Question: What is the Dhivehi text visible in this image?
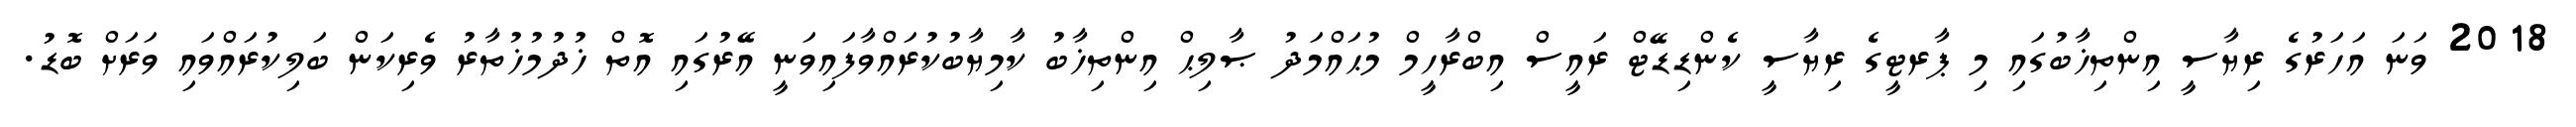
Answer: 2018 ވަނަ އަހަރުގެ ރިޔާސީ އިންތިޚާބުގައި މި ޕާރޓީގެ ރިޔާސީ ކެންޑިޑޭޓް ރައީސް އިބްރާހީމް މުޙައްމަދު ޞާލިޙް އިންތިޚާބު ކާމިޔާބުކުރައްވާފައިވަނީ އޭރުގައި އޮތް ޚުދުމުޚުތާރު ވެރިކަން ބަލިކުރައްވައި ވަރަށް ބޮޑު.